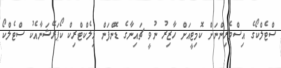
ސްޓެލްކޯގެ އިސްވެރިންނަށް ކޮމިޓީއަށް ހާޒިރު ނުވީ ޗައިނާގެ ޑޮންފަން އިލެކްޓްރިކް ކޯޕަރޭޝަނާއެކު ސްޓެލްކޯ